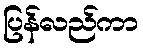
ပြန်လည်ကာ